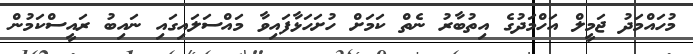
މުހައްމަދު ޖަމީލް އަހްމަދުގެ އިތުބާރު ނެތް ކަމަށް ހުށަހަޅާފައިވާ މައްސަލައިގައި ނައިބު ރައީސްކަމުން